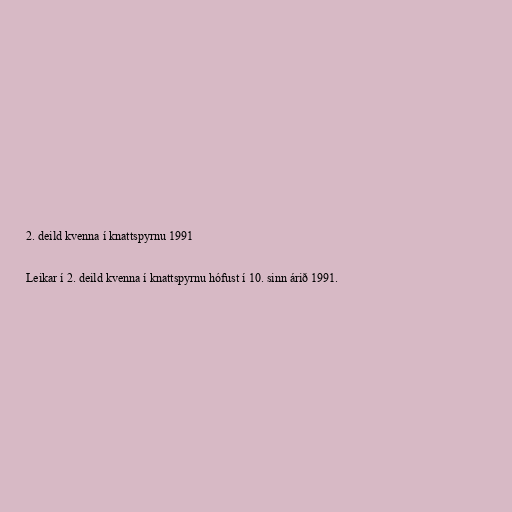
2. deild kvenna í knattspyrnu 1991

Leikar í 2. deild kvenna í knattspyrnu hófust í 10. sinn árið 1991.